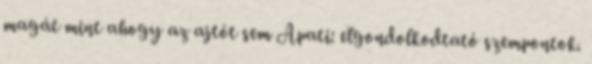
magát mint ahogy az ajtót sem Apati: elgondolkodtató szempontok.